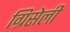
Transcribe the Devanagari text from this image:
ग्रिसेली